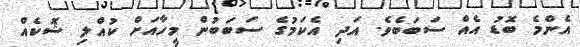
އެންމެ ބޮޑު އެއް ސަބަބެވެ. އަދި އެކަމުގެ ސަބަބުން މީހާއަށް ކުއްލި ޝޮކެއް